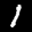
Label: 1